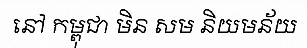
នៅ កម្ពុជា មិន សម និយមន័យ